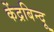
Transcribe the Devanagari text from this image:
केंद्रबिन्दू